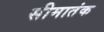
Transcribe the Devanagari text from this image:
सीमातंक